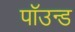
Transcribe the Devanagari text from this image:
पॉउन्ड